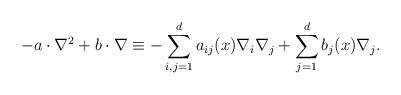
LaTeX: \begin{align*}-a \cdot \nabla^2 + b \cdot \nabla \equiv -\sum_{i,j=1}^d a_{ij}(x) \nabla_i\nabla_j + \sum_{j=1}^d b_j(x) \nabla_j.\end{align*}